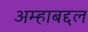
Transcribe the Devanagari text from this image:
अम्हाबद्दल